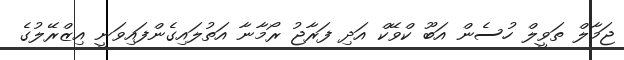
ޖަމާލް ތަވީލް ހުސެން އަބޫ ކްވޭކް އަދި ފަރާޖު ރޯމާނާ އަތުލައިގެންފައިވަނީ އިޒްރޭލުގެ